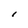
Character: I